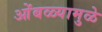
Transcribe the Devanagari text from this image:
ओंबळ्यामुळे